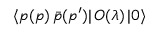
\langle p ( p ) \, \bar { p } ( p ^ { \prime } ) | \, { \cal O } ( \lambda ) \, | 0 \rangle